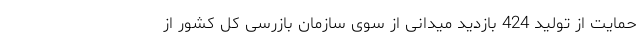
حمایت از تولید 424 بازدید میدانی از سوی سازمان بازرسی کل کشور از